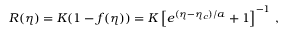
R ( \eta ) = K ( 1 - f ( \eta ) ) = K \left[ e ^ { ( \eta - \eta _ { c } ) / a } + 1 \right] ^ { - 1 } \, ,